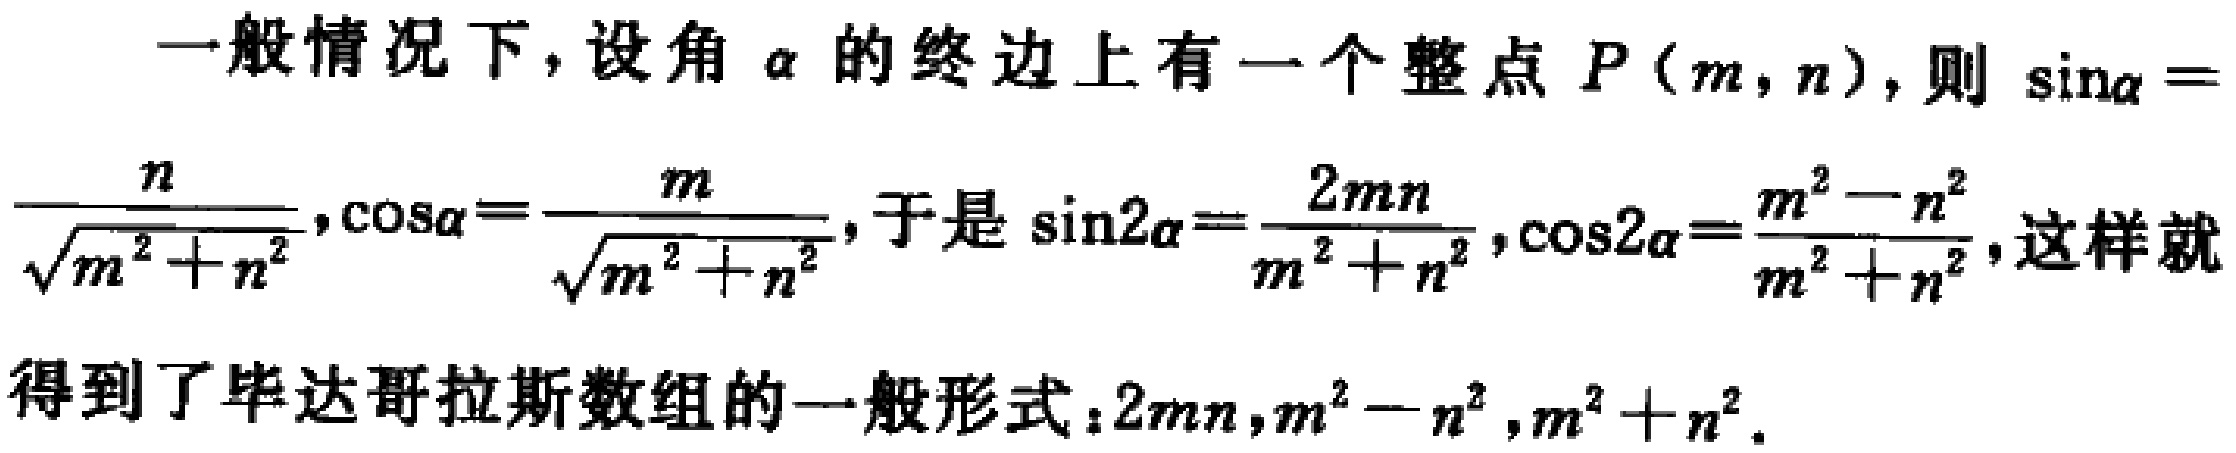
一般情况下，设角\(\alpha\)的终边上有一个整点\(P(m,n)\)，则\(\sin\alpha = \frac{n}{\sqrt{m^{2}+n^{2}}},\cos\alpha = \frac{m}{\sqrt{m^{2}+n^{2}}}\)，于是\(\sin2\alpha = \frac{2mn}{m^{2}+n^{2}},\cos2\alpha = \frac{m^{2}-n^{2}}{m^{2}+n^{2}}\)，这样就得到了毕达哥拉斯数组的一般形式：\(2mn,m^{2}-n^{2},m^{2}+n^{2}\)。